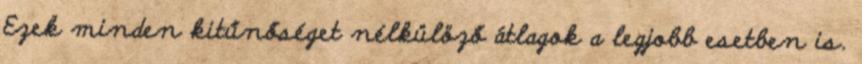
Ezek minden kitűnőséget nélkülöző átlagok a legjobb esetben is.